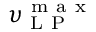
\upsilon _ { \mathrm { ~ L ~ P ~ } } ^ { \mathrm { ~ m ~ a ~ x ~ } }